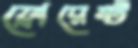
ফ্লোরেন্ট